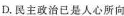
D.民主政治已是人心所向